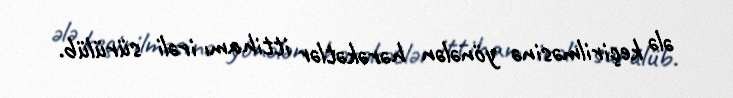
ələ keçirilməsinə yönələn hərəkətlər ittihamı irəli sürülüb.